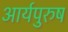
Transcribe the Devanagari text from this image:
आर्यपुरुष